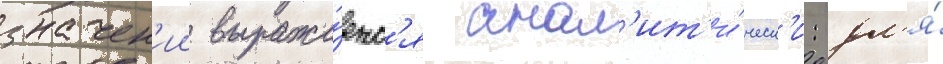
значен'ии выража́етс'я анал'ит'и́ческ'и: дл'я́